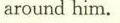
around him.